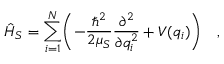
\hat { H } _ { S } = \sum _ { i = 1 } ^ { N } \biggl ( - \frac { \hbar ^ { 2 } } { 2 \mu _ { S } } \frac { \partial ^ { 2 } } { \partial q _ { i } ^ { 2 } } + V ( q _ { i } ) \biggr ) \quad ,